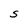
Character: S